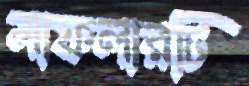
মাফলারটি